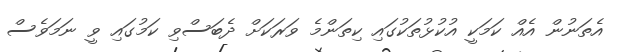
އެތަނުން އެއް ކަމަކީ އުކުޅުތަކުގައި ކިތަންމެ ވަރަކަށް ދެބަސްވި ކަމުގައި ވީ ނަމަވެސް